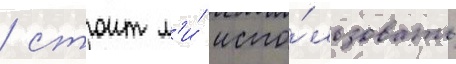
/ стоит л'и́ испо́льзовать